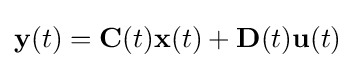
\mathbf {y} (t)=\mathbf {C} (t)\mathbf {x} (t)+\mathbf {D} (t)\mathbf {u} (t)